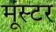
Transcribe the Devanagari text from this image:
मूंस्टर